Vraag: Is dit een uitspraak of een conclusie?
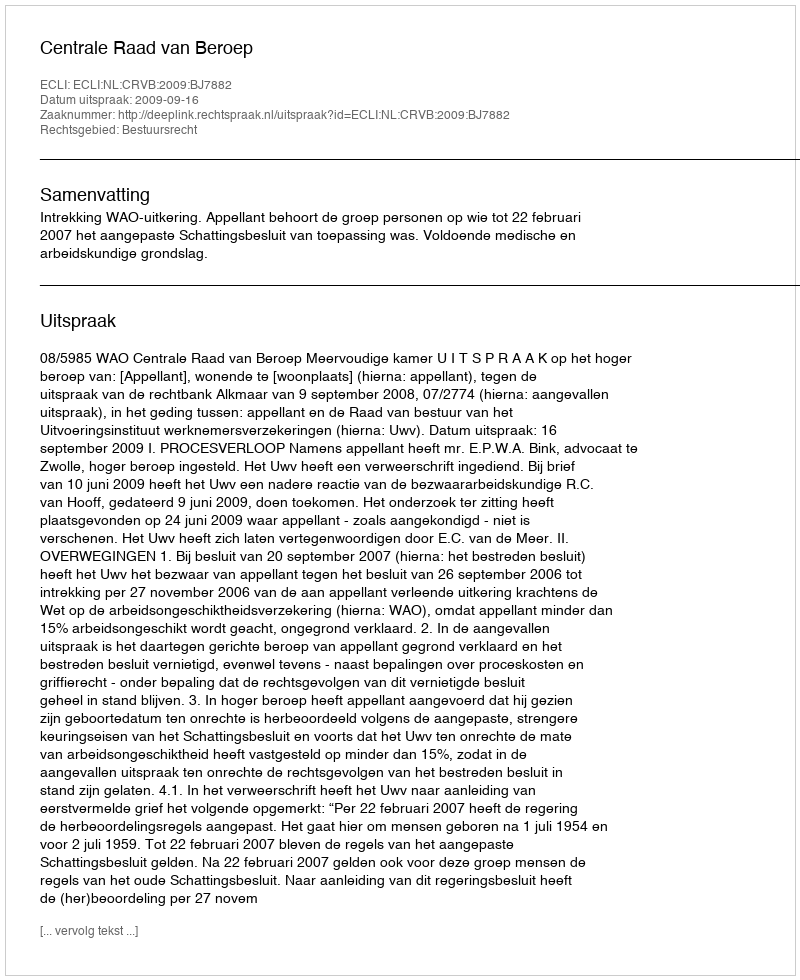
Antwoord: Uitspraak